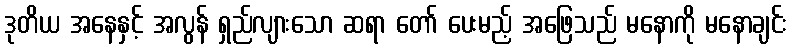
ဒုတိယ အနေနှင့် အလွန် ရှည်လျားသော ဆရာ တော် ပေးမည့် အဖြေသည် မနောကို မနောချင်း